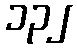
၁၃၂